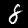
Label: 8